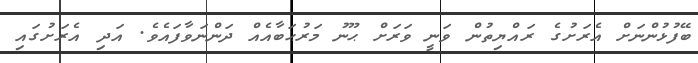
ބޭފުޅުންނަށް އެރަށުގެ ރައްޔިތުން ވަނީ ވަރަށް ޙޫނު މަރުޙަބާއެއް ދަންނަވާފައެވެ. އަދި އެރަށުގައި